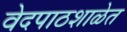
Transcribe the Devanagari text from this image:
वेदपाठशाळेत